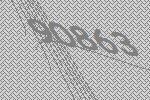
90863